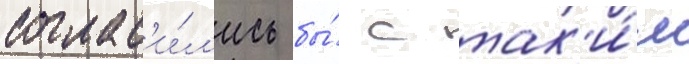
соглас'и́л'ись бы́ с так'и́м